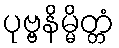
ပုဗ္ဗနိမ္မိတ္တံ